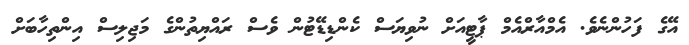
އޭގެ ފަހުންނެވެ. އެމްއާރްއެމް ޕާޓީއަށް ނުވިޔަސް ކެންޑިޑޭޓުން ވެސް ރައްޔިތުންގެ މަޖިލިސް އިންތިހާބަށް